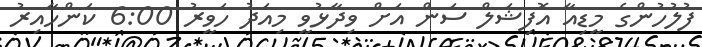
ފުލުހުންގެ މީޑިއާ އޮފިޝަލް ސަން އަށް ވިދާޅުވީ މިއަދު ހަވީރު 6:00 ކަންހާއިރު